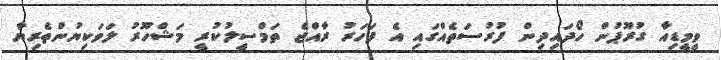
ވީމީޑިއާ ގުރޫޕުން ހޯދައިދިން ފުރުސަތެއްގައި އެ ފަހަރު ރާއްޖެ ތަމްސީލުކުރީ މަޝްހޫރު ލަވަކިޔުންތެރިޔާ